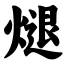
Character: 煺